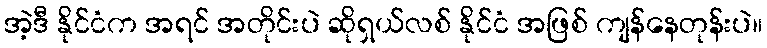
အဲ့ဒီ နိုင်ငံက အရင် အတိုင်းပဲ ဆိုရှယ်လစ် နိုင်ငံ အဖြစ် ကျန်နေတုန်းပဲ။